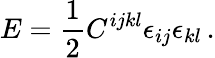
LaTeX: E=\frac 12C^{ijkl}\epsilon_{ij}\epsilon_{kl}\, .